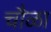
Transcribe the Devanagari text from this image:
चौळा